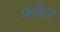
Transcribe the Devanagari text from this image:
फॉर्ब्ज